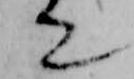
て